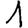
Digit: 1